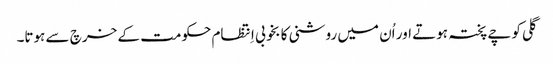
گلی کوچے پختہ ہوتے اور اُن میں روشنی کا بخوبی اِنتظام حکومت کے خرچ سے ہوتا۔